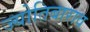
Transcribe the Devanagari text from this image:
ज्योतिबाराव